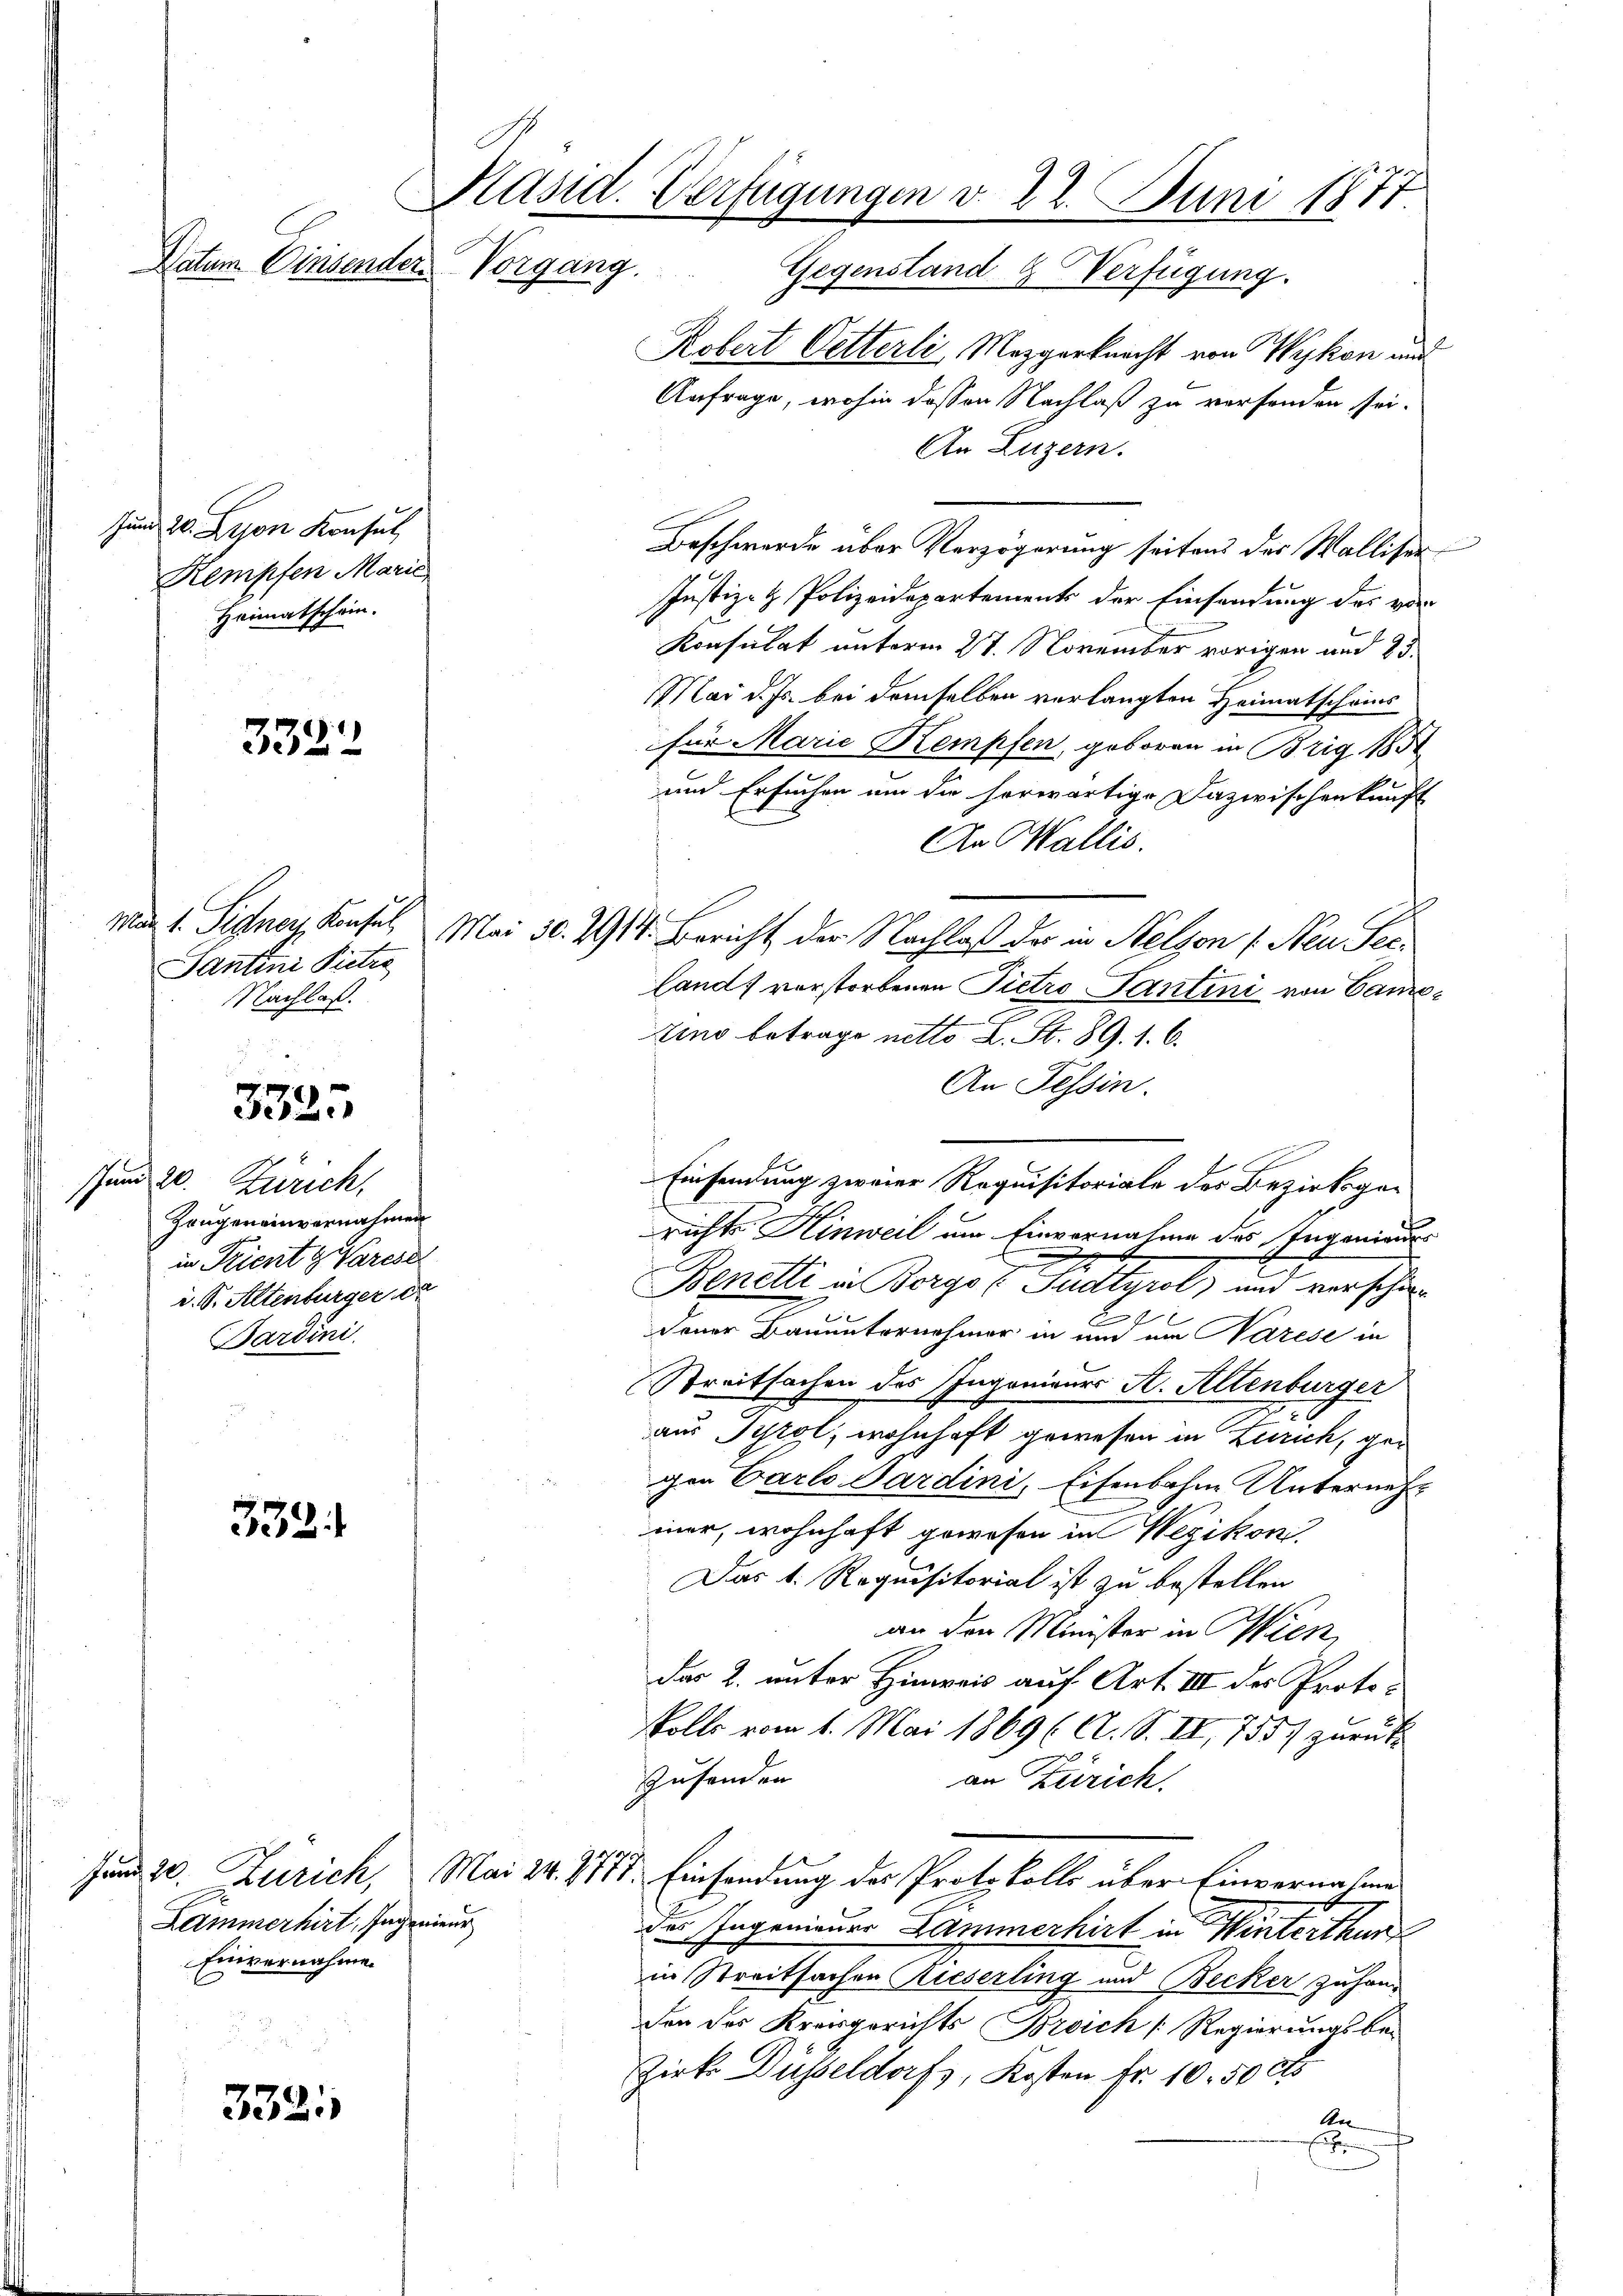
Präsid. Verfügungen v. 22. Juni 1877.
Datum. Einsender
Vorgang. Gegenstand & Verfügung.

Jund 20. Leon Konsul
Rempfen Marie
Heimatschein.

3322

Santini Pieter
Nachlaß.

3325

schund 20. Zürich,
Hängereinvernahmen
in Trient g Varese
i. S. Altenburger et
Bardini

332.

332.

Lammerhirt, Ingenieur
Einvernahmen

Robert Oetterli, Mezgerknecht von Wykon und
Anfrage, wohin dessen Nachlaß zu verfanden sei.
An Luzern.
Beschwerde über Verzögerung seitens der Walliser-
Justiz- & Polizeidepartements der Einsendung des von
Konsulat unterm 27. November vorigen und 23.
Mai d. Js. bei demselben verlangten Heimatscheins
für Marie Kempfen, geboren in Brig, 185
und Ersuchen um die herwärtige Dazwischenkunft
An Wallis.
ma 1. Signer, Konsul Mai 30. 1914. Bericht der Nachlaß der in Stelzen (Neu Secland) vorstorbenen Pietro Tantini von Came¬
Eino betrage netto L. St. 89. 1. 6.
An Tessin.
richts Hinweil um Einvernahme des Ingenieurs
Benetti in Borgot Pudtyrol und verschie¬
2
dener Bauunternehmer in um ein Narese in
Streitsachen des Ingenieurs St. Altenburger
aus Tyrol, wohnhaft gewesen in Zürich, gegen Carlo Sardini, Eisenbohne Unternehmer, wohnhaft gewesen in Wezikon,
Das k. Requisitorial ist zu bestellen
an der Minister in Wien,
das 2. unter Hinweis auf Art. III des Proto¬
Volls vom 1. Mai 1869 (A. S. II. 755 zurück
x
Zusenden
an Zürich
Jund 20. Zürich, Mai 24. 871. Einsendung der Protokolls über Einvernahme
des Ingenieuer Lammerhirt in einen erthur
in Streitsachen Rieserling und Becker zu han
den des Kreisgerichts Broich [Regierungsbe¬
Zirke Düsseldorfs, Kosten fr. 10.50 cts
Ae
r

Einsendung zweier Requisitoriale des Bezirksger